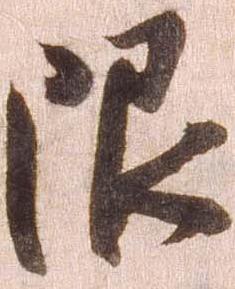
限